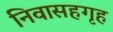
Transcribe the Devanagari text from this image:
निवासहगृह